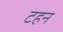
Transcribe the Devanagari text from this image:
टहन